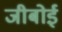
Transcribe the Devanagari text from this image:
जीबोई